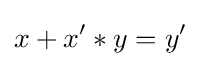
x+x'*y=y'